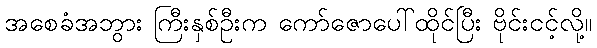
အစေခံအဘွား ကြီးနှစ်ဦးက ကော်ဇောပေါ်ထိုင်ပြီး ဗိုင်းငင့်လို့။